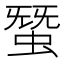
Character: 𧌩